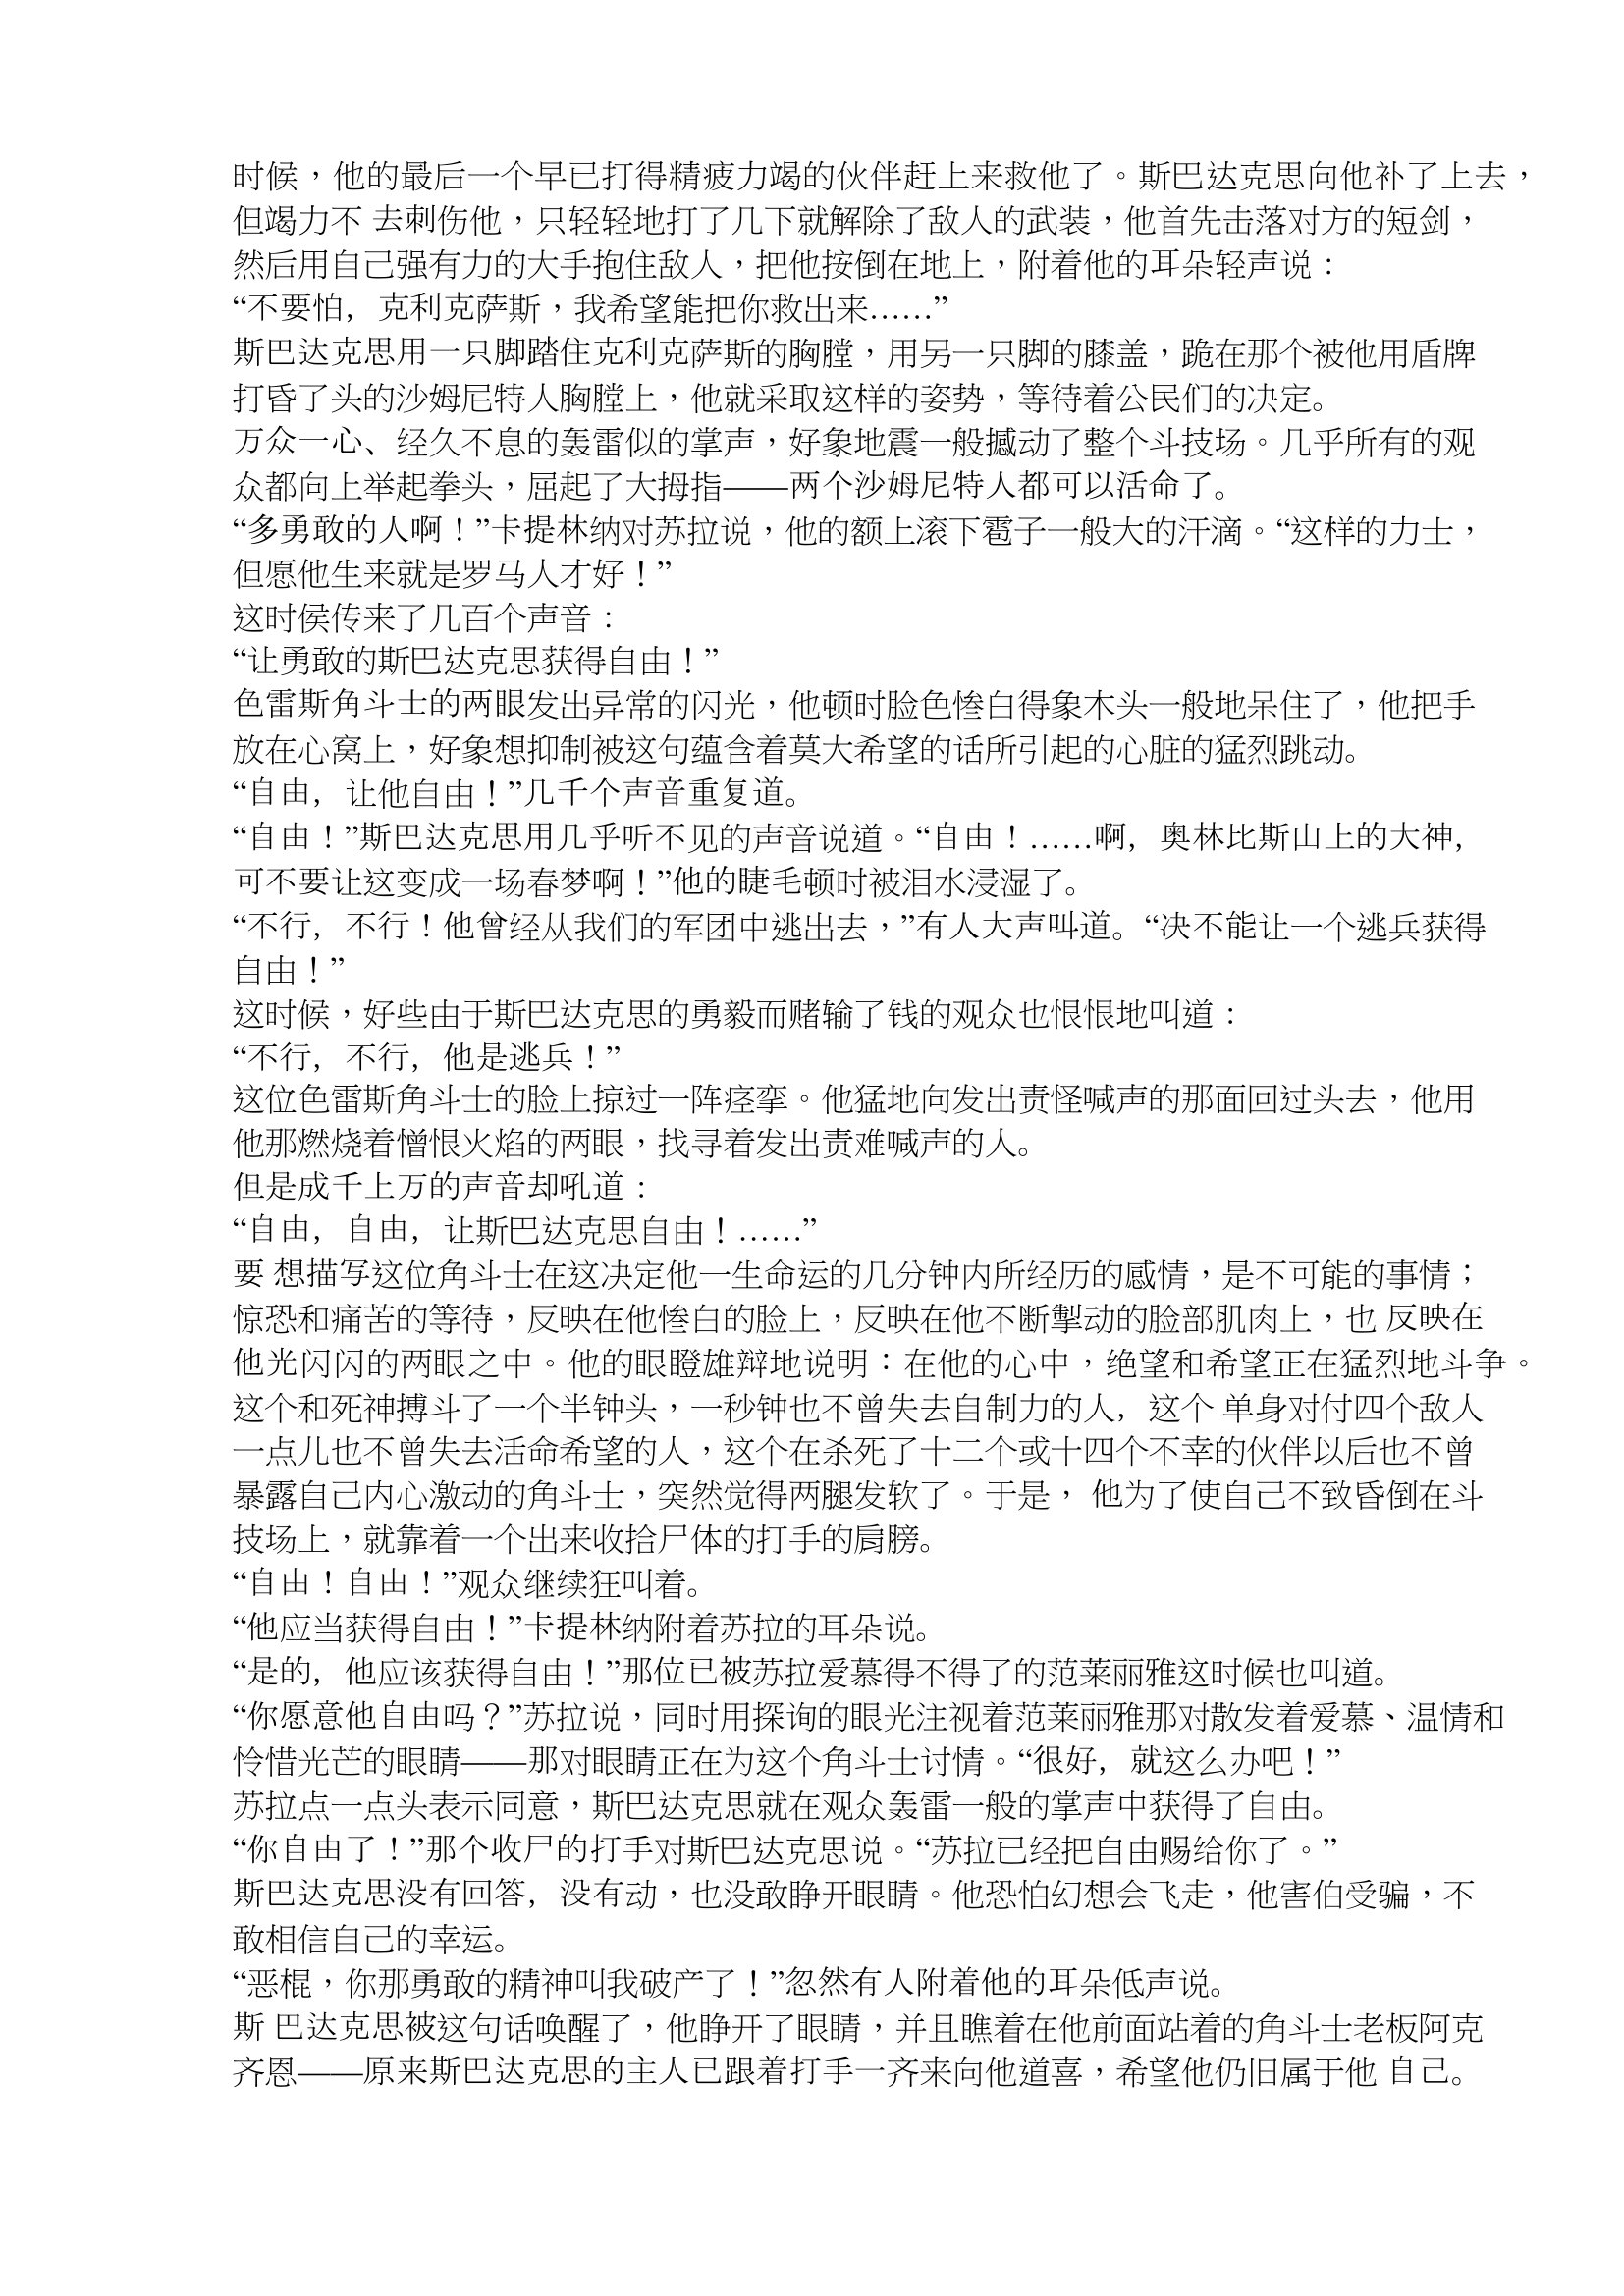
Language: zh